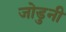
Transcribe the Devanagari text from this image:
जोडुनी